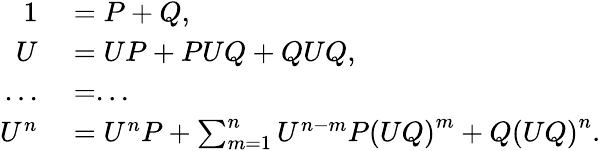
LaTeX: \begin{array}{rl}{1}&{{}=P+Q,}\\ {U}&{{}=UP+PUQ+QUQ,}\\ {...}&{{}=...}\\ {U^{n}}&{{}=U^{n}P+\sum_{m=1}^{n}U^{n-m}P\left(UQ\right)^{m}+Q\left(UQ\right)^{n}.}\end{array}